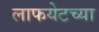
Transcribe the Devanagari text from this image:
लाफयेटच्या